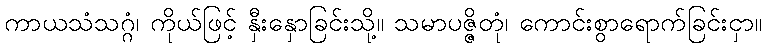
ကာယသံသဂ္ဂံ၊ ကိုယ်ဖြင့် နှီးနှောခြင်းသို့။ သမာပဇ္ဇိတုံ၊ ကောင်းစွာရောက်ခြင်းငှာ။